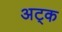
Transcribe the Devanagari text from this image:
अट्क